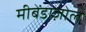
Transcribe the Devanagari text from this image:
मीबेंडाज़ोल